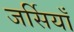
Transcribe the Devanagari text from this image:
जर्सियाँ